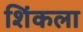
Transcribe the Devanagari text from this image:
शिंकला